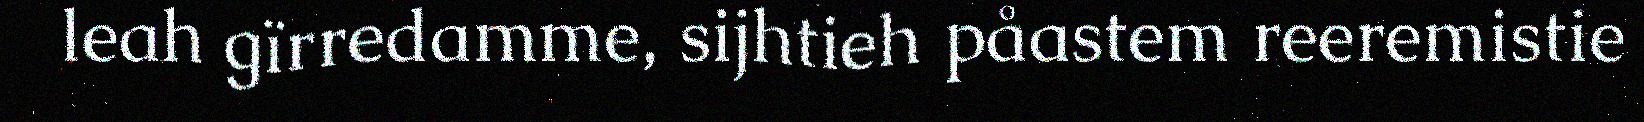
leah gïrredamme, sijhtieh påastem reeremistie